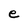
Character: e